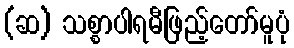
(ဆ) သစ္စာပါရမီဖြည့်တော်မူပုံ